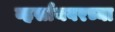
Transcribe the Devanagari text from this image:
व्हर्सायवरच्या